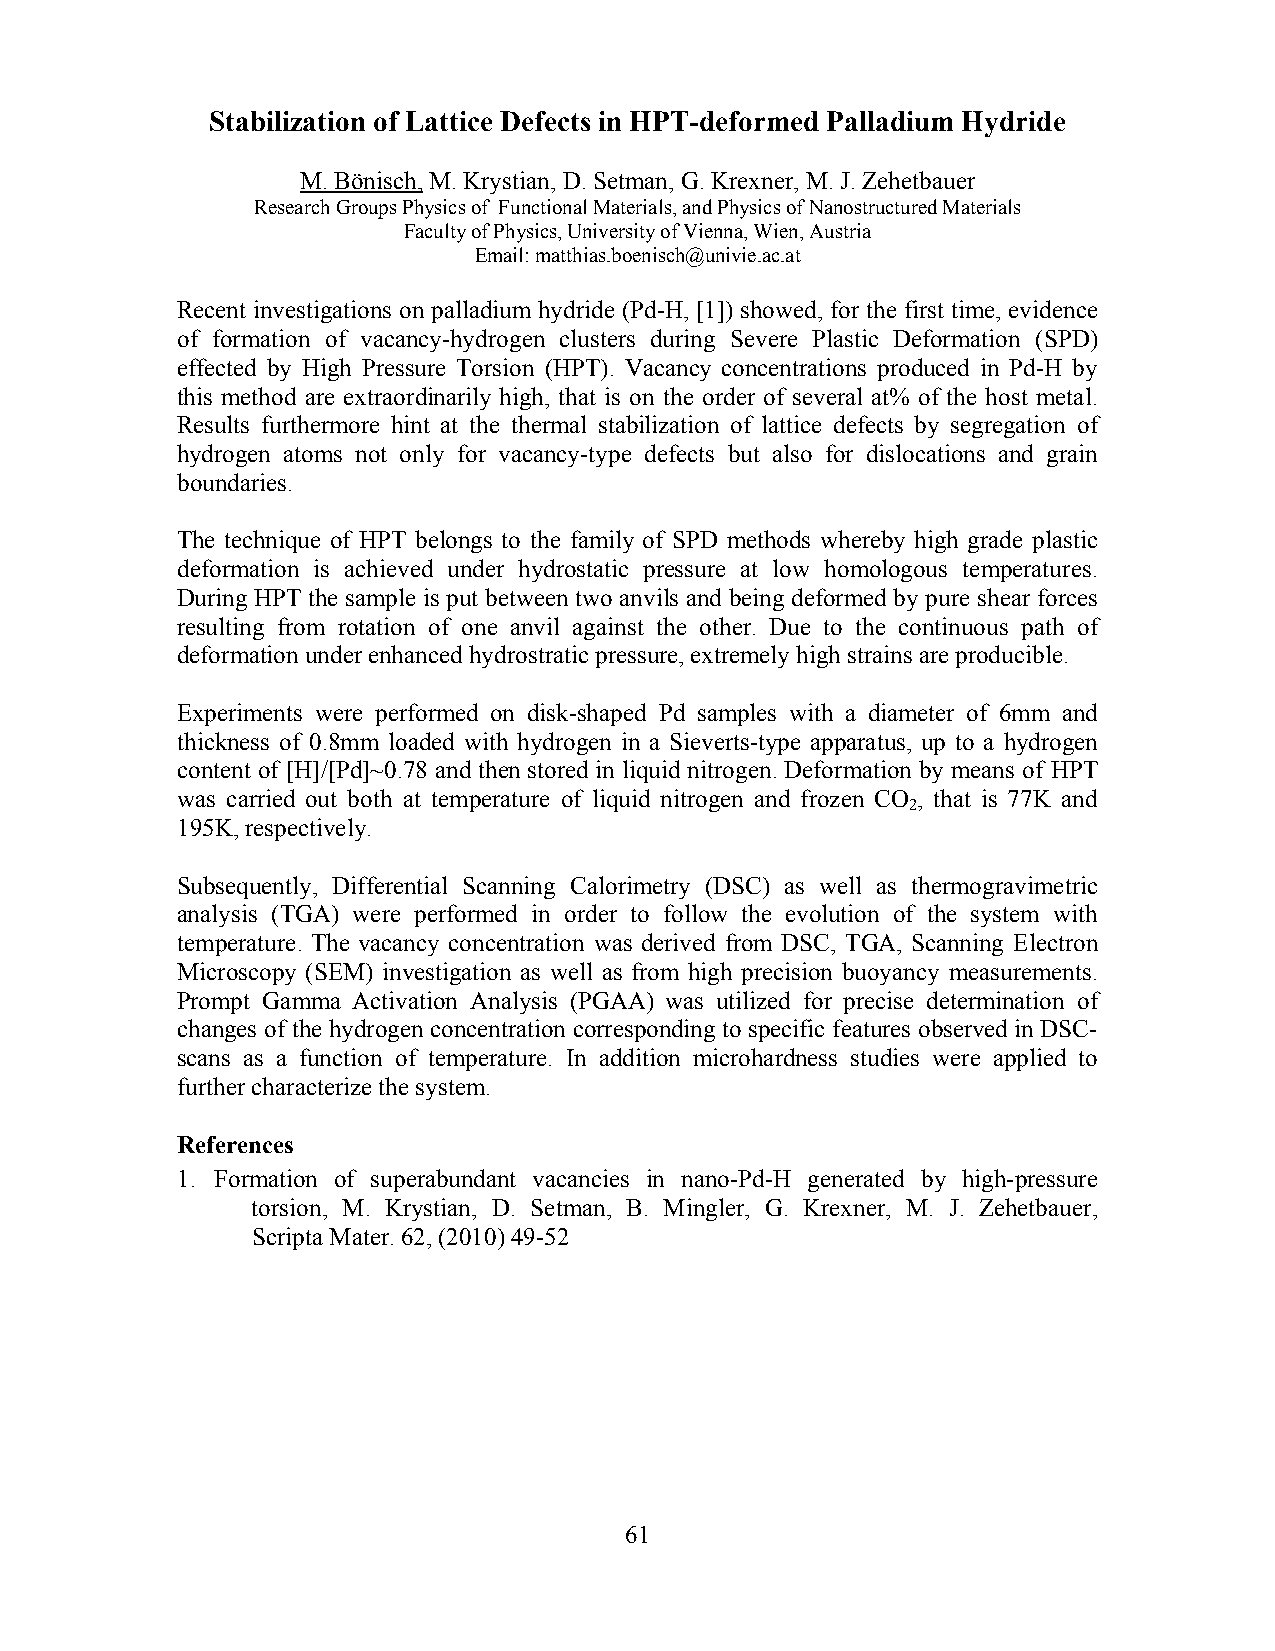
Stabilization of Lattice Defects in HPT-deformed Palladium Hydride
 M. Bönisch, M. Krystian, D. Setman, G. Krexner, M. J. Zehetbauer
 Research Groups Physics of Functional Materials, and Physics of Nanostructured Materials
 Faculty of Physics, University of Vienna, Wien, Austria
 Email: matthias.boenisch@univie.ac.at
 Recent investigations on palladium hydride (Pd-H, [1]) showed, for the first time, evidence
 of formation of vacancy-hydrogen clusters during Severe Plastic Deformation (SPD)
 effected by High Pressure Torsion (HPT). Vacancy concentrations produced in Pd-H by
 this method are extraordinarily high, that is on the order of several at% of the host metal.
 Results furthermore hint at the thermal stabilization of lattice defects by segregation of
 hydrogen atoms not only for vacancy-type defects but also for dislocations and grain
 boundaries.
 The technique of HPT belongs to the family of SPD methods whereby high grade plastic
 deformation is achieved under hydrostatic pressure at low homologous temperatures.
 During HPT the sample is put between two anvils and being deformed by pure shear forces
 resulting from rotation of one anvil against the other. Due to the continuous path of
 deformation under enhanced hydrostratic pressure, extremely high strains are producible.
 Experiments were performed on disk-shaped Pd samples with a diameter of 6mm and
 thickness of 0.8mm loaded with hydrogen in a Sieverts-type apparatus, up to a hydrogen
 content of [H]/[Pd]~0.78 and then stored in liquid nitrogen. Deformation by means of HPT
 was carried out both at temperature of liquid nitrogen and frozen CO , that is 77K and
 2
 195K, respectively.
 Subsequently, Differential Scanning Calorimetry (DSC) as well as thermogravimetric
 analysis (TGA) were performed in order to follow the evolution of the system with
 temperature. The vacancy concentration was derived from DSC, TGA, Scanning Electron
 Microscopy (SEM) investigation as well as from high precision buoyancy measurements.
 Prompt Gamma Activation Analysis (PGAA) was utilized for precise determination of
 changes of the hydrogen concentration corresponding to specific features observed in DSC-
 scans as a function of temperature. In addition microhardness studies were applied to
 further characterize the system.
 References
 1. Formation of superabundant vacancies in nano-Pd-H generated by high-pressure
 torsion, M. Krystian, D. Setman, B. Mingler, G. Krexner, M. J. Zehetbauer,
 Scripta Mater. 62, (2010) 49-52
 61